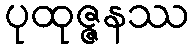
ပုထုဇ္ဇနဿ